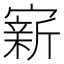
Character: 𪧭